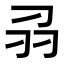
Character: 𭃊